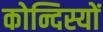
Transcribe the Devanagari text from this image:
कोन्दिस्यों